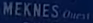
MEKNES Quest